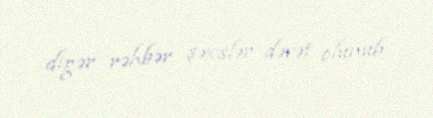
digər rəhbər şəxslər dəvət olunub.